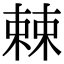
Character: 𣗥